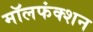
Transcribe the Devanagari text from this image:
मॉलफंक्शन